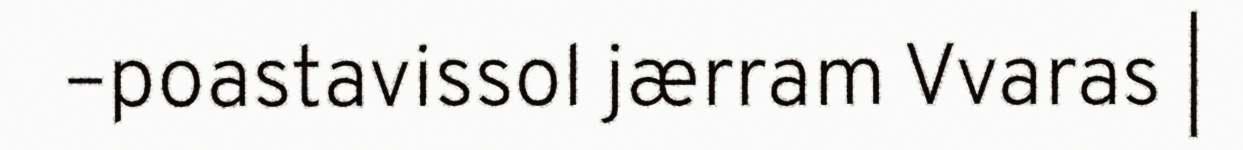
–poastavissol jærram Vvaras |